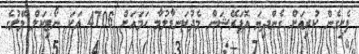
ފެށިގެން ކުރިއަށް ގެންދިޔަ އޮޕަރޭޝަން މެދުކަނޑާލުމާ ހަމައަށް 4706 އަކަ ނޯޓިކަލް މޭލުގެ